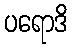
ပရောဒိ